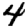
Digit: 4